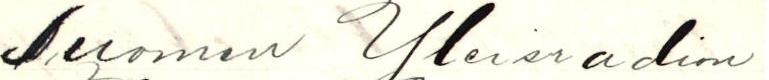
Suomen Yleisradion